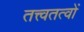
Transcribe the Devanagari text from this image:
तत्त्वतत्वों